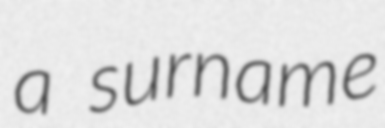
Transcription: a surname